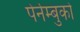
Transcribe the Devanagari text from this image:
पेर्नम्बुको